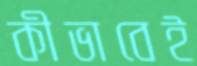
কীভাবেই